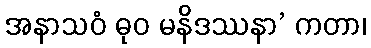
အနာသဝံ ဓုဝ မနိဒဿနာ’ ကတာ၊